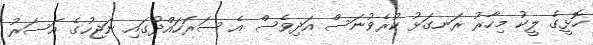
ހޮޅީގެ ލީކު މިހާރު ރަނގަޅު ކުރެވުނަސް އަދިވެސް އެ ސަރަހައްދުގައި ނަޖިހުގެ އަސަރު